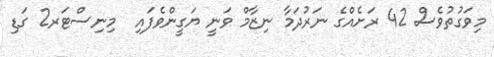
މިވަގުތުވެސް 42 ރަށެއްގެ ނަރުދަމާ ނިޒާމް ވަނީ ޔަގީންވެފައި  މިނިސްޓަރ2 ގަޑި